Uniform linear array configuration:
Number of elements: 64
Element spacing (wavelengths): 0.5
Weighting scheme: exponential
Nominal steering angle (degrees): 60
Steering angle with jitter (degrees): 60.613
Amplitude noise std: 0.05
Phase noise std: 0.05

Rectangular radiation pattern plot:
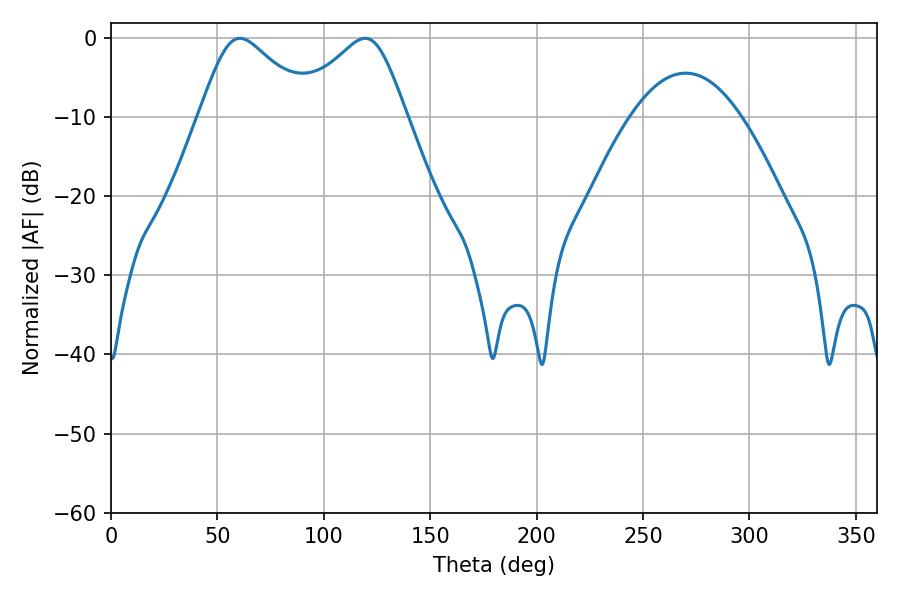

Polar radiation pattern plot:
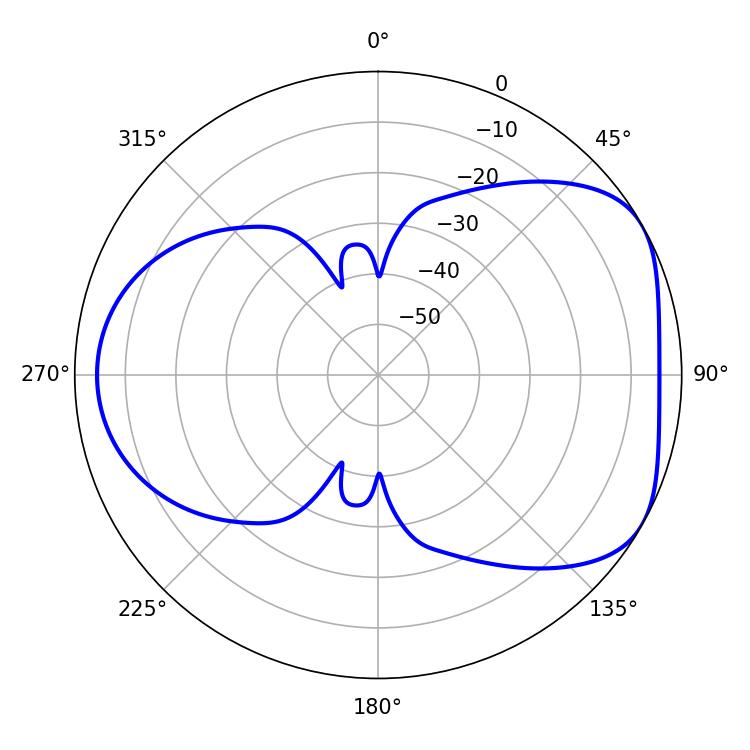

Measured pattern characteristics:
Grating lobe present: FALSE
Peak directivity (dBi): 4.906
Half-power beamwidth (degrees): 26.1
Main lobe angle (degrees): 60.66